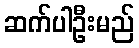
ဆက်ပါဦးမည်